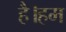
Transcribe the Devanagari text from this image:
है।हम